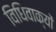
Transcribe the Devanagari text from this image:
विधिवाक्यों